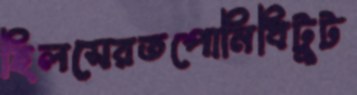
হিলসেরতপোনিধিটুট